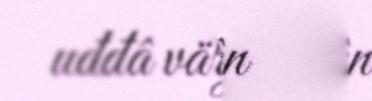
uđđâ värijeessân